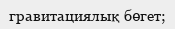
гравитациялық бөгет;